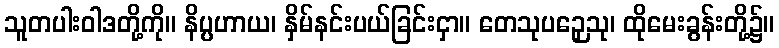
သူတပါးဝါဒတို့ကို။ နိပ္ပဟာယ၊ နှိမ်နင်းပယ်ခြင်းငှာ။ တေသုပဉှေသု၊ ထိုမေးခွန်းတို့၌။